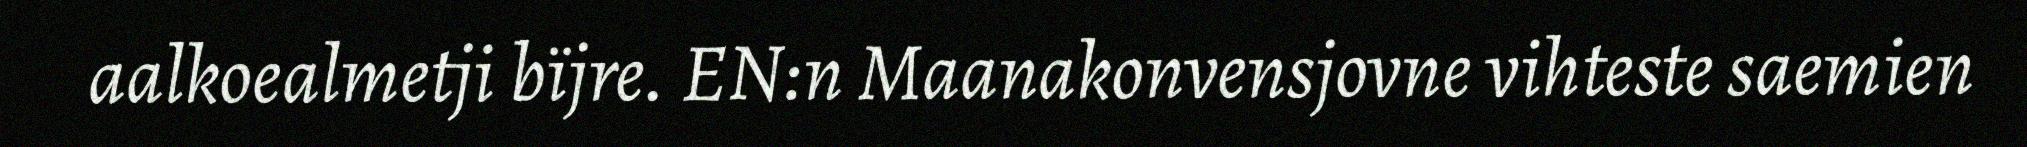
aalkoealmetji bïjre. EN:n Maanakonvensjovne vihteste saemien